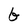
Character: G